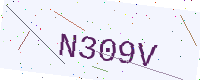
Text: N309V